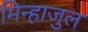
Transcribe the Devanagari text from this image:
मिन्हाजुल